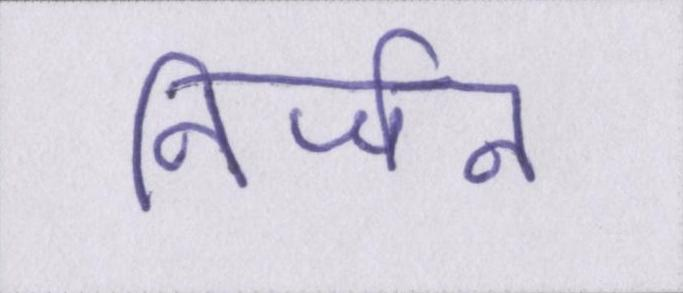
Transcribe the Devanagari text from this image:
निर्जन